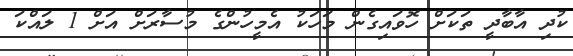
ކުދި އާބާދީ ތަކަށް ހޮވައިގެން މަހަކު އެމީހުންގެ މުސާރަށް އަށް 1 ލައްކަ